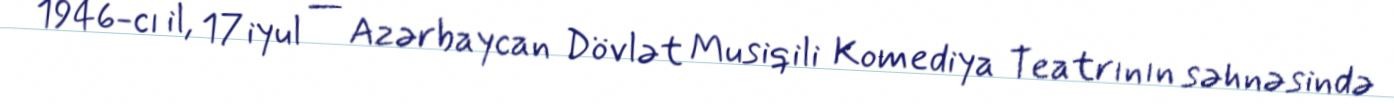
1946-cı il, 17 iyul — Azərbaycan Dövlət Musiqili Komediya Teatrının səhnəsində